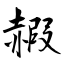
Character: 赮